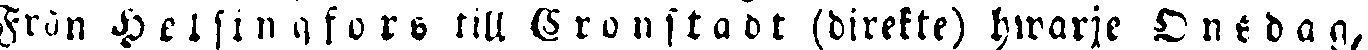
Från Helsingfors till Cronstadt (direkte) hwarje Onsdag,